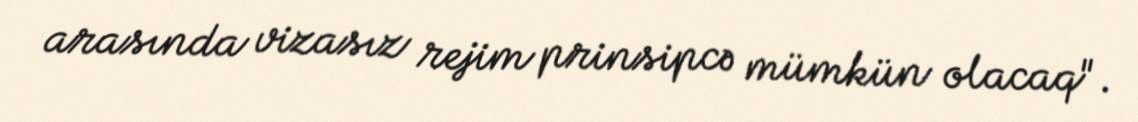
arasında vizasız rejim prinsipcə mümkün olacaq".